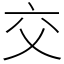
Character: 交